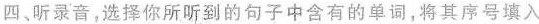
四、昕景音,选择你所听到的句子中含有的单词,将其序号填入